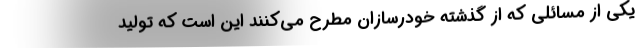
یکی از مسائلی که از گذشته خودرسازان مطرح می‌کنند این است که تولید